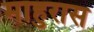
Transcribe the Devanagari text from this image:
माहुरास